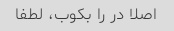
اصلا در را بکوب، لطفا